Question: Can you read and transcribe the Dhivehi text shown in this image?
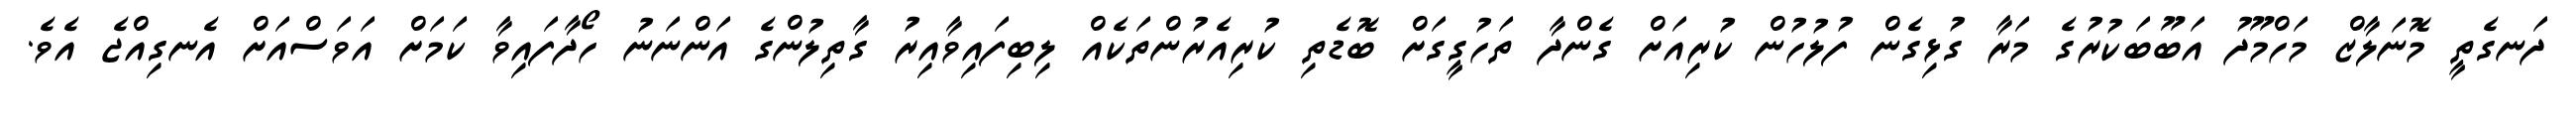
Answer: ދަނގެތީ މޮނަލާޒް މަހްމޫދު އަބޫބަކުރުގެ މަރާ ގުޅިގެން ފުލުހުން ކުރިއަށް ގެންދާ ތަހުގީގަށް ބޮޑެތި ކުރިއެރުންތަކެއް ލިބިފައިވާއިރު ގާތިލުންގެ އަންނަނު ހޯދާފައިވާ ކަމަށް އަވަސްއަށް އެނގިއްޖެ އެވެ.